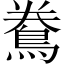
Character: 𪀲